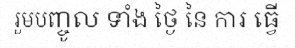
រួមបញ្ចូល ទាំង ថ្ងៃ នៃ ការ ធ្វើ